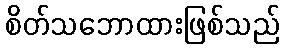
စိတ်သဘောထားဖြစ်သည်